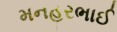
મનહરભાઈ